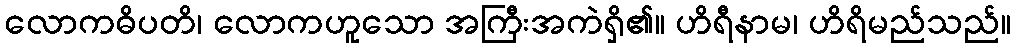
လောကဓိပတိ၊ လောကဟူသော အကြီးအကဲရှိ၏။ ဟိရီနာမ၊ ဟိရိမည်သည်။